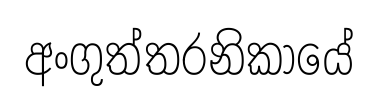
අංගුත්තරනිකායේ